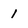
Character: 1